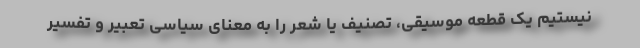
نیستیم یک قطعه موسیقی، تصنیف یا شعر را به معنای سیاسی تعبیر و تفسیر